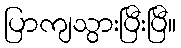
ပြာကျသွားပြီးပြီ။